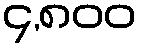
၄,၈၀၀